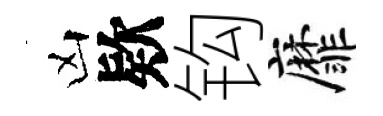
凶欵钩靡